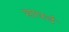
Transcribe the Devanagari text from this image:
सापर्द